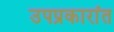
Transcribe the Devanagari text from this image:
उपप्रकारांत